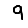
Digit: 9